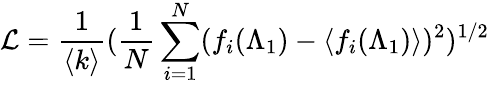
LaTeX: \mathcal{L}=\frac{1}{\langle k\rangle}(\frac{1}{N}\sum_{i=1}^{N}(f_{i}(\Lambda_{1})-\langle f_{i}(\Lambda_{1})\rangle)^{2})^{1/2}